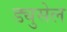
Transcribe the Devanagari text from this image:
ड्युसेल